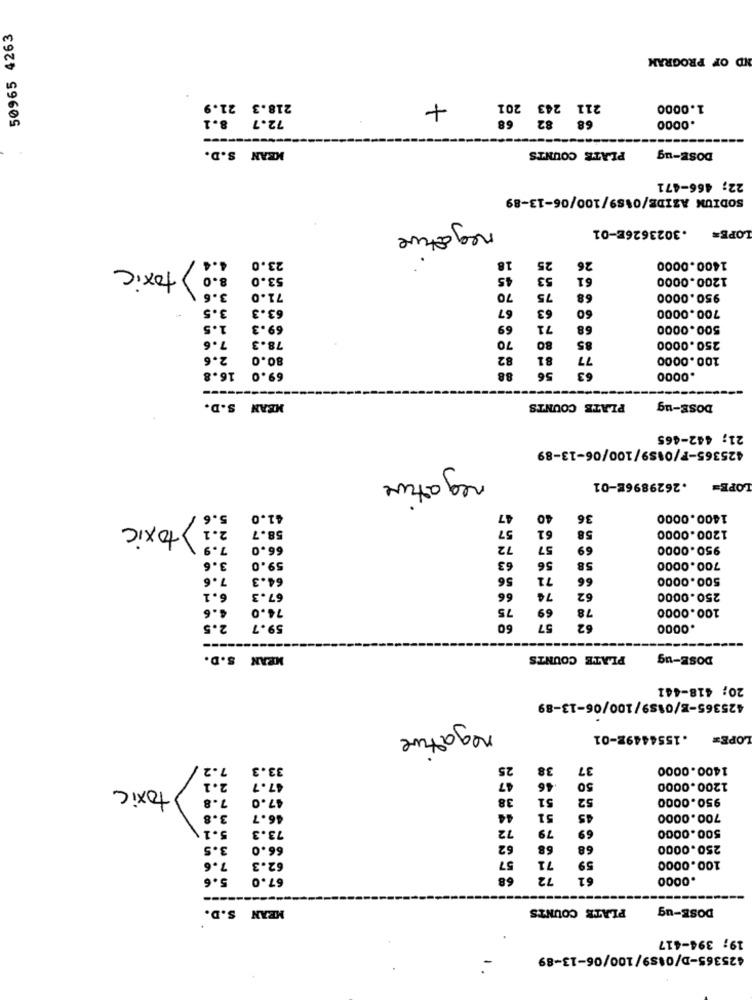
50965 4263
ND OF PROGRAM
218.3 21.9
+
211 243 201
1.0000
72.7 8.1
68 82 68
.0000
MEAN S.D.
DOSE-ug
PLATE COUNTS
22; 466-471
SODIUN AZIDE/0189/100/06-13-89
.3023626E-01
LOPE=
negative
4.4
1400.0000
) toxic
23.0
18
25
26
8.0
53.0
45
53
61
1200.0000
3.6
71.0
70
75
68
950.0000
3.5
63.3
63
60
700.0000
67
1.5
69.3
69
71
68
500.0000
7.6
78.3
70
80
85
250.0000
2.6
80.0
82
81
77
100.0000
69.0 16.8
88
63
56
.0000
MEAN S.D.
PLATE COUNTS
DOSE-ug
21; 442-465
425365-F/0189/100/06-13-89
negative
.2629896E-01
LOPE=
5.6
41.0
47
40
36
1400.0000
2.1 toxic
58.7
57
61
1200.0000
58
7.9
66.0
72
57
69
950.0000
59.0
56
3.6
63
58
700.0000
7.6
64.3
56
71
66
500.0000
67.3
6.1
66
74
62
250.0000
. . 6
74.0
75
69
78
100.0000
59.7
2.5
60
57
62
.0000
MEAN S.D.
PLATE COUNTS
DOSE-ug
20; 418-441
425365-3/0189/100/06-13-89
negature
.15544492-01
LOPE
7.2
33.3
25
38
37
1400.0000
2.1
47
.46
toxic
47.7
50
1200.0000
7.8
47.0
38
51
52
950.0000
3.8
46.7
44
51
45
700.0000
5.1\
73.3
72
79
69
500.0000
3.5
66.0
62
68
68
250.0000
7.6
62.3
57
71
59
100.0000
5.6
67.0
68
72
61
.0000
MEAN S.D.
PLATE COUNTS
DOSE-ug
19; 394-417
425365-D/0189/100/06-13-89